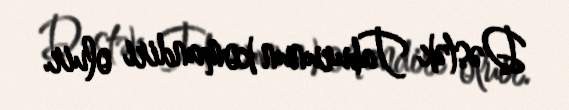
Dəstək Taburunun komandiri oluir.